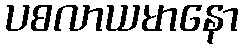
ပစလာယမာနော